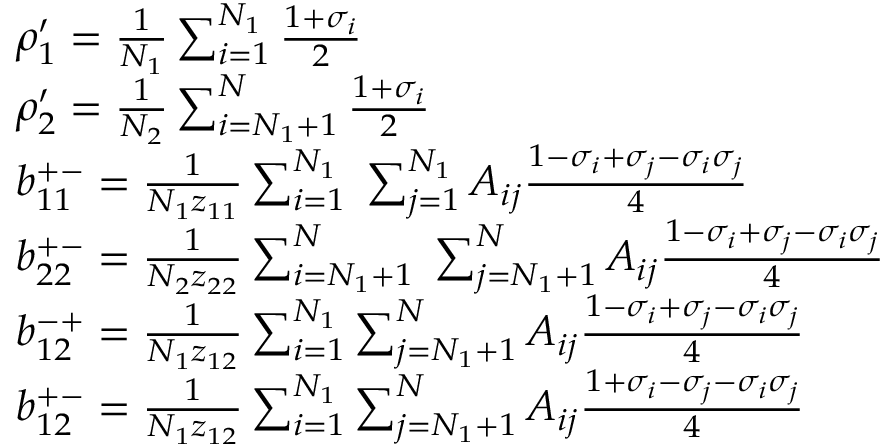
\begin{array} { r l } & { \rho _ { 1 } ^ { \prime } = \frac { 1 } { N _ { 1 } } \sum _ { i = 1 } ^ { N _ { 1 } } \frac { 1 + \sigma _ { i } } { 2 } } \\ & { \rho _ { 2 } ^ { \prime } = \frac { 1 } { N _ { 2 } } \sum _ { i = N _ { 1 } + 1 } ^ { N } \frac { 1 + \sigma _ { i } } { 2 } } \\ & { b _ { 1 1 } ^ { + - } = \frac { 1 } { N _ { 1 } z _ { 1 1 } } \sum _ { i = 1 } ^ { N _ { 1 } } \; \sum _ { j = 1 } ^ { N _ { 1 } } A _ { i j } \frac { 1 - \sigma _ { i } + \sigma _ { j } - \sigma _ { i } \sigma _ { j } } { 4 } } \\ & { b _ { 2 2 } ^ { + - } = \frac { 1 } { N _ { 2 } z _ { 2 2 } } \sum _ { i = N _ { 1 } + 1 } ^ { N } \; \sum _ { j = N _ { 1 } + 1 } ^ { N } A _ { i j } \frac { 1 - \sigma _ { i } + \sigma _ { j } - \sigma _ { i } \sigma _ { j } } { 4 } } \\ & { b _ { 1 2 } ^ { - + } = \frac { 1 } { N _ { 1 } z _ { 1 2 } } \sum _ { i = 1 } ^ { N _ { 1 } } \sum _ { j = N _ { 1 } + 1 } ^ { N } A _ { i j } \frac { 1 - \sigma _ { i } + \sigma _ { j } - \sigma _ { i } \sigma _ { j } } { 4 } } \\ & { b _ { 1 2 } ^ { + - } = \frac { 1 } { N _ { 1 } z _ { 1 2 } } \sum _ { i = 1 } ^ { N _ { 1 } } \sum _ { j = N _ { 1 } + 1 } ^ { N } A _ { i j } \frac { 1 + \sigma _ { i } - \sigma _ { j } - \sigma _ { i } \sigma _ { j } } { 4 } } \end{array}